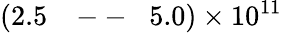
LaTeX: (2.5\mathrm{~\: ~\! ~--~\: ~\! ~}5.0)\times 10^{11}